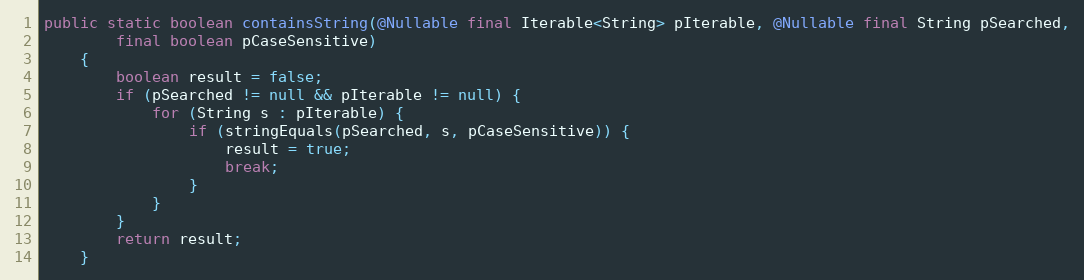
Language: Java
public static boolean containsString(@Nullable final Iterable<String> pIterable, @Nullable final String pSearched,
        final boolean pCaseSensitive)
    {
        boolean result = false;
        if (pSearched != null && pIterable != null) {
            for (String s : pIterable) {
                if (stringEquals(pSearched, s, pCaseSensitive)) {
                    result = true;
                    break;
                }
            }
        }
        return result;
    }